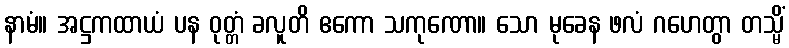
နာမံ။ အဋ္ဌကထာယံ ပန ဝုတ္တံ ခလူတိ ဧကော သကုဏော။ သော မုခေန ဖလံ ဂဟေတွာ တသ္မိံ